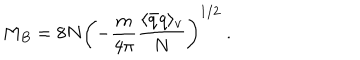
M _ { B } = 8 N \left( - \frac { m } { 4 \pi } \frac { \langle \bar { q } q \rangle _ { v } } { N } \right) ^ { 1 / 2 } \ .